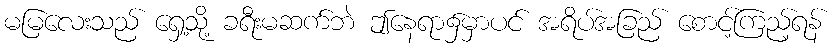
မမြလေးသည် ရှေ့သို့ ခရီးမဆက်ဘဲ ဤနေရာ၌မှာပင် အရိပ်အခြည် စောင့်ကြည့်ရန်